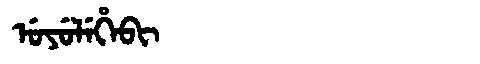
Manchu: ᡠᠶᡠᠯᡝᡥᡝᠪᡳ
Romanization: UYULEHEBI